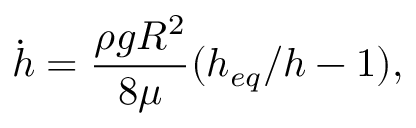
\dot { h } = \frac { \rho g R ^ { 2 } } { 8 \mu } ( h _ { e q } / h - 1 ) ,